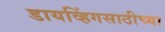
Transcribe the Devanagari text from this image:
डायव्हिंगसाठीच्या